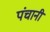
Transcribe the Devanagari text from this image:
पंचानी